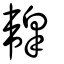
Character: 櫜